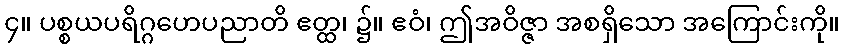
၄။ ပစ္စယပရိဂ္ဂဟေပညာတိ ဧတ္ထ၊ ၌။ ဧဝံ၊ ဤအဝိဇ္ဇာ အစရှိသော အကြောင်းကို။